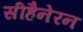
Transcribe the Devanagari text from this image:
सीहैनेरन